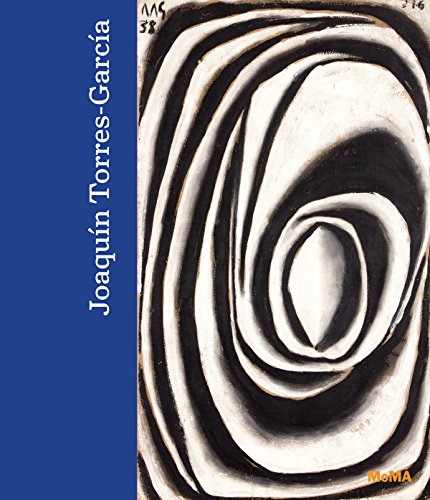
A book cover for JoaquÃ­n Torres-GarcÃ­a: The Arcadian Modern; Alexander Alberro; Arts & Photography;